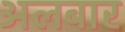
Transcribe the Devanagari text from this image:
अलबार